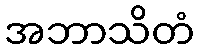
အဘာသိတံ